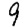
Digit: 9